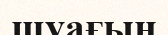
шуағын